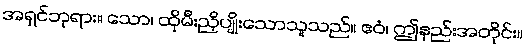
အရှင်ဘုရား။ သော၊ ထိုမီးညှိပျိုးသောသူသည်။ ဧဝံ၊ ဤနည်းအတိုင်း။